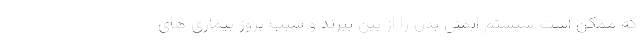
که ممکن است سیستم ایمنی بدن را از بین ببرند و سبب بروز بیماری های